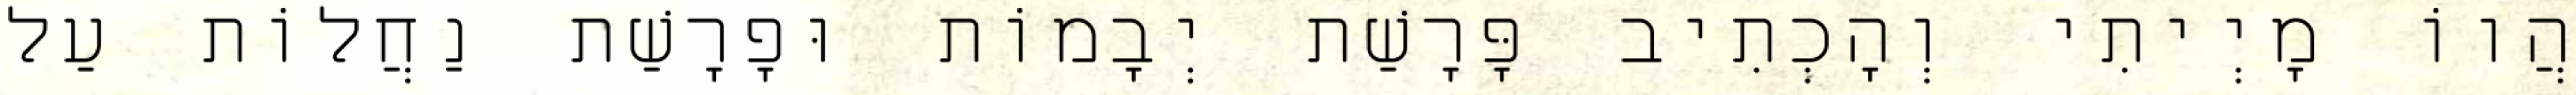
הֲווֹ מָיְיתִי וְהָכְתִיב פָּרָשַׁת יְבָמוֹת וּפָרָשַׁת נַחֲלוֹת עַל